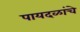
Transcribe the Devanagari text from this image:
पायदळांचे